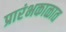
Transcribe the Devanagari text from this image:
प्रारंभकाळात